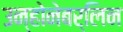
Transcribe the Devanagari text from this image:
उन्होनेबर्लिन